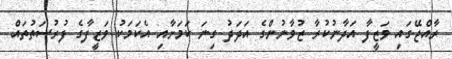
ރާއްޖޭގައި ވަޒީފާ އަދާނުކުރާ ޒުވާނުންގެ އަދަދު ގިނަ ކަމަށާއި އެކަމަކު ވަޒީފާގެ ފުރުސަތުތައް